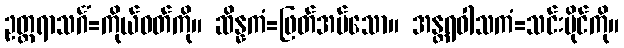
ဥတ္တရာသင်္ဂံ=ကိုယ်ဝတ်ကို။ ဆိန္နကံ=ဖြတ်အပ်သော။ အန္တရဝါသကံ=သင်းပိုင်ကို။